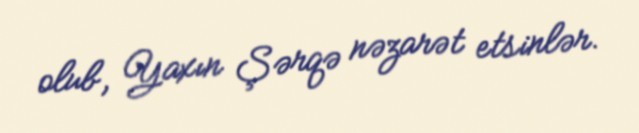
olub, Yaxın Şərqə nəzarət etsinlər.